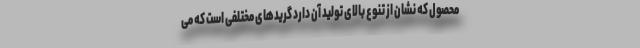
محصول که نشان از تنوع بالای تولید آن دارد گریدهای مختلفی است که می